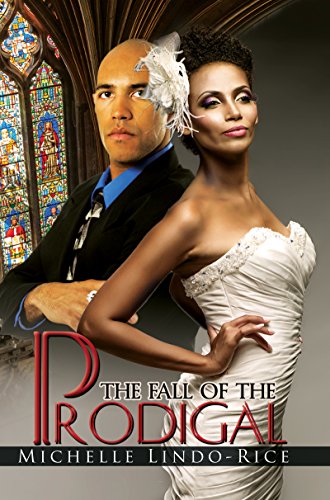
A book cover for The Fall of the Prodigal (Urban Books); Michelle Lindo-Rice; Literature & Fiction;